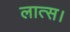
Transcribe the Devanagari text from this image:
लात्स।